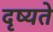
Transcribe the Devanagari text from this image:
दृष्यते